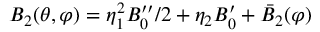
B _ { 2 } ( \theta , \varphi ) = \eta _ { 1 } ^ { 2 } B _ { 0 } ^ { \prime \prime } / 2 + \eta _ { 2 } B _ { 0 } ^ { \prime } + \bar { B } _ { 2 } ( \varphi )